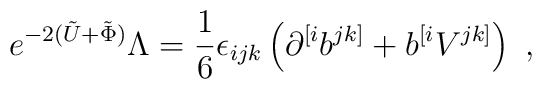
e^{-2(\tilde{U}+\tilde{\Phi})} \Lambda = {1 \over 6}\epsilon_{ijk}\left(\partial^{[i}b^{jk]} + b^{[i}V^{jk]} \right)\ ,